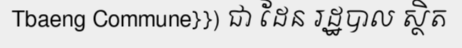
Tbaeng Commune}}) ជា ដែន រដ្ឋបាល ស្ថិត